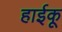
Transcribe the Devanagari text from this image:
हाईकू